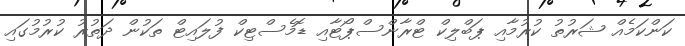
ކަންކަމެއް ޝަރުތު ކުރުމާއި ޕަބްލިކް ޓްރާންސްޕޯޓާއި ޑޮމެސްޓިކް ފުލައިޓް ތަކުން ދަތުރު ކުރުމުގައި